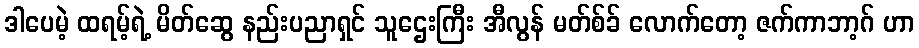
ဒါပေမဲ့ ထရမ့်ရဲ့ မိတ်ဆွေ နည်းပညာရှင် သူဌေးကြီး အီလွန် မတ်စ်ခ် လောက်တော့ ဇက်ကာဘာ့ဂ် ဟာ